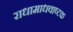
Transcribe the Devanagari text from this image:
राधामाधवाष्टक